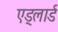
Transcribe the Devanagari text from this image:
एड्लार्ड